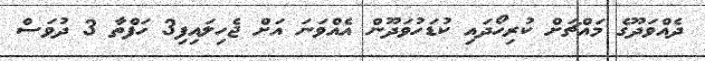
ދެއްވަދޫގެ މައްޗަށް ކުރިހޯދައި ކުޑަހުވަދޫން އެއްވަނަ އަށް ޖެހިލައިފި3 ހަފްތާ 3 ދުވަސް